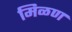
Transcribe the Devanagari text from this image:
मिळण